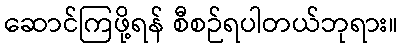
ဆောင်ကြဖို့ရန် စီစဉ်ရပါတယ်ဘုရား။